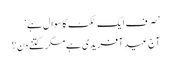
’صرف ایک ٹکٹ کا سوال ہے‘
آج عیدِ آفریدی ہے مگر کتنے دن؟